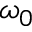
\omega _ { 0 }